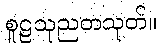
စူဠသုညတသုတ်။